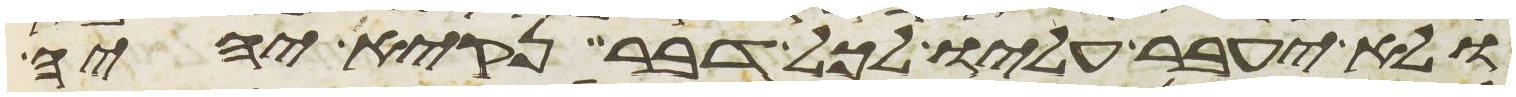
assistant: ולא יעבר עליו לכל דבר נקיא יהיה